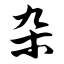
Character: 杂